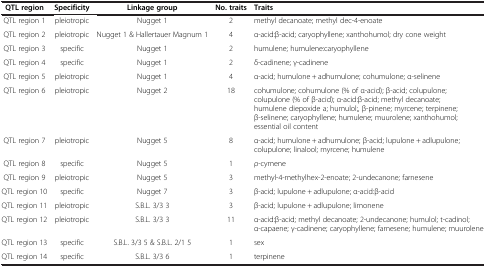
<table><thead><tr><td><b>QTL region</b></td><td><b>Specificity</b></td><td><b>Linkage group</b></td><td><b>No. traits</b></td><td><b>Traits</b></td></tr></thead><tbody><tr><td>QTL region 1</td><td>pleiotropic</td><td>Nugget 1</td><td>2</td><td>methyl decanoate; methyl dec-4-enoate</td></tr><tr><td>QTL region 2</td><td>pleiotropic</td><td>Nugget 1 &amp; Hallertauer Magnum 1</td><td>4</td><td>α-acid:β-acid; caryophyllene; xanthohumol; dry cone weight</td></tr><tr><td>QTL region 3</td><td>specific</td><td>Nugget 1</td><td>2</td><td>humulene; humulene:caryophyllene</td></tr><tr><td>QTL region 4</td><td>specific</td><td>Nugget 1</td><td>2</td><td>δ-cadinene; γ-cadinene</td></tr><tr><td>QTL region 5</td><td>pleiotropic</td><td>Nugget 1</td><td>4</td><td>α-acid; humulone + adhumulone; cohumulone; α-selinene</td></tr><tr><td>QTL region 6</td><td>pleiotropic</td><td>Nugget 2</td><td>18</td><td>cohumulone; cohumulone (% of α-acid); β-acid; colupulone; colupulone (% of β-acid); α-acid:β-acid; methyl decanoate; humulene diepoxide a; humulol;, β-pinene; myrcene; terpinene; β-selinene; caryophyllene; humulene; muurolene; xanthohumol; essential oil content</td></tr><tr><td>QTL region 7</td><td>pleiotropic</td><td>Nugget 5</td><td>8</td><td>α-acid; humulone + adhumulone; β-acid; lupulone + adlupulone; colupulone; linalool; myrcene; humulene</td></tr><tr><td>QTL region 8</td><td>specific</td><td>Nugget 5</td><td>1</td><td>ρ-cymene</td></tr><tr><td>QTL region 9</td><td>pleiotropic</td><td>Nugget 5</td><td>3</td><td>methyl-4-methylhex-2-enoate; 2-undecanone; farnesene</td></tr><tr><td>QTL region 10</td><td>specific</td><td>Nugget 7</td><td>3</td><td>β-acid; lupulone + adlupulone; α-acid:β-acid</td></tr><tr><td>QTL region 11</td><td>pleiotropic</td><td>S.B.L. 3/3 3</td><td>3</td><td>β-acid; lupulone + adlupulone; limonene</td></tr><tr><td>QTL region 12</td><td>pleiotropic</td><td>S.B.L. 3/3 3</td><td>11</td><td>α-acid:β-acid; methyl decanoate; 2-undecanone; humulol; t-cadinol; α-capaene; γ-cadinene; caryophyllene; farnesene; humulene; muurolene</td></tr><tr><td>QTL region 13</td><td>specific</td><td>S.B.L. 3/3 5 &amp; S.B.L. 2/1 5</td><td>1</td><td>sex</td></tr><tr><td>QTL region 14</td><td>specific</td><td>S.B.L. 3/3 6</td><td>1</td><td>terpinene</td></tr></tbody></table>